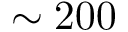
\sim 2 0 0